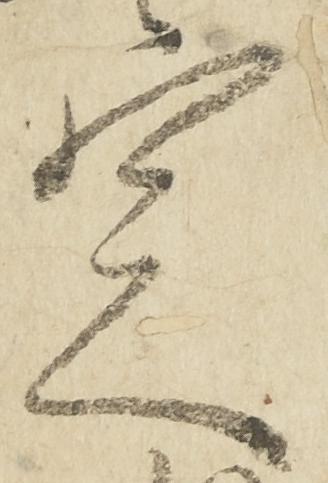
定